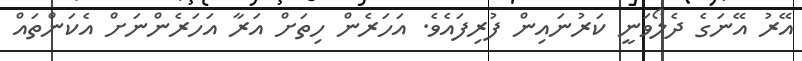
އޭރު އޭނަގެ ދެލޯވަނީ ކަރުނައިން ފުރިފައެވެ. އަހަރެން ހިތަށް އަރާ އަހަރެންނަށް އެކަންތައް